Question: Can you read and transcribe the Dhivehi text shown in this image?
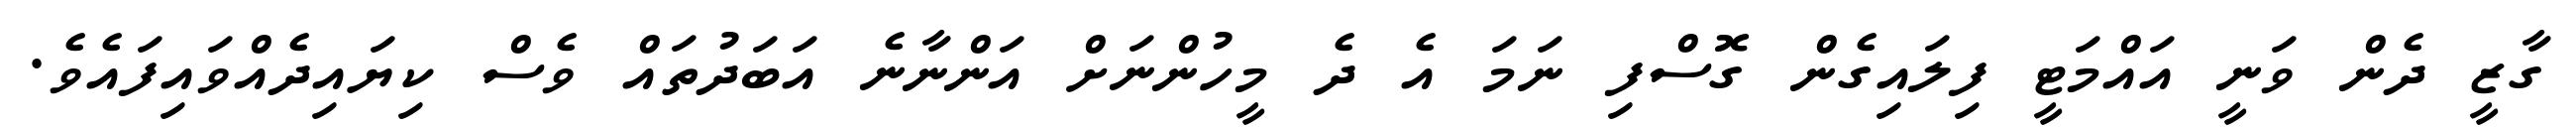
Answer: ގާޒީ ދެން ވަނީ އައްމަޓީ ފިލައިގެން ގޮސްފި ނަމަ އެ ދެ މީހުންނަށް އަންނާނެ އަބަދުތައް ވެސް ކިޔައިދެއްވައިފައެވެ.